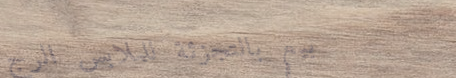
بيع بالتجزئة للملابس الرج